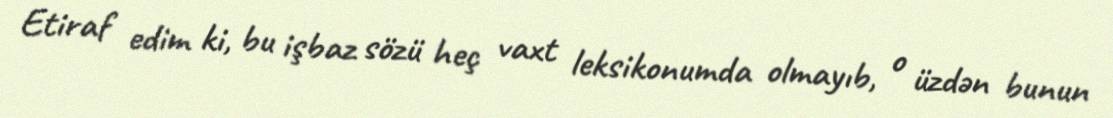
Etiraf edim ki, bu işbaz sözü heç vaxt leksikonumda olmayıb, o üzdən bunun